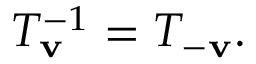
T _ { \mathbf { v } } ^ { - 1 } = T _ { - \mathbf { v } } .